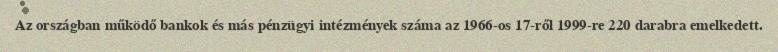
Az országban működő bankok és más pénzügyi intézmények száma az 1966-os 17-ről 1999-re 220 darabra emelkedett.